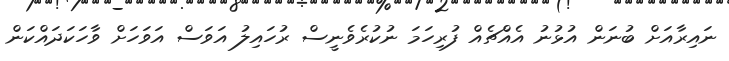
ނައިރާއަށް ބުނަން އުޅުނު އެއްޗެއް ފުރިހަމަ ނުކުރެވެނީސް ރުހައިލު އަވަސް އަވަހަށް ވާހަކަދައްކަން